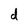
Character: d